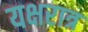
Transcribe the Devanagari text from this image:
यक्षरात्र